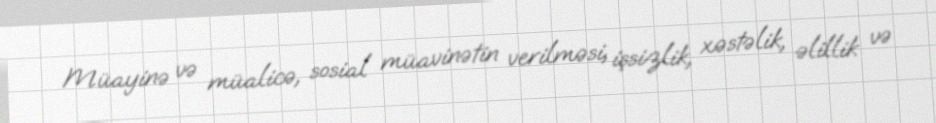
Müayinə və müalicə, sosial müavinətin verilməsi, işsizlik, xəstəlik, əlillik və